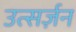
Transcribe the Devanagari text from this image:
उत्सर्ज़न